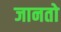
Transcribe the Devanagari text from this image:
जानतो